38_143685_box_Incident_Summaries_101-172
Agency: Department of War
Page 111
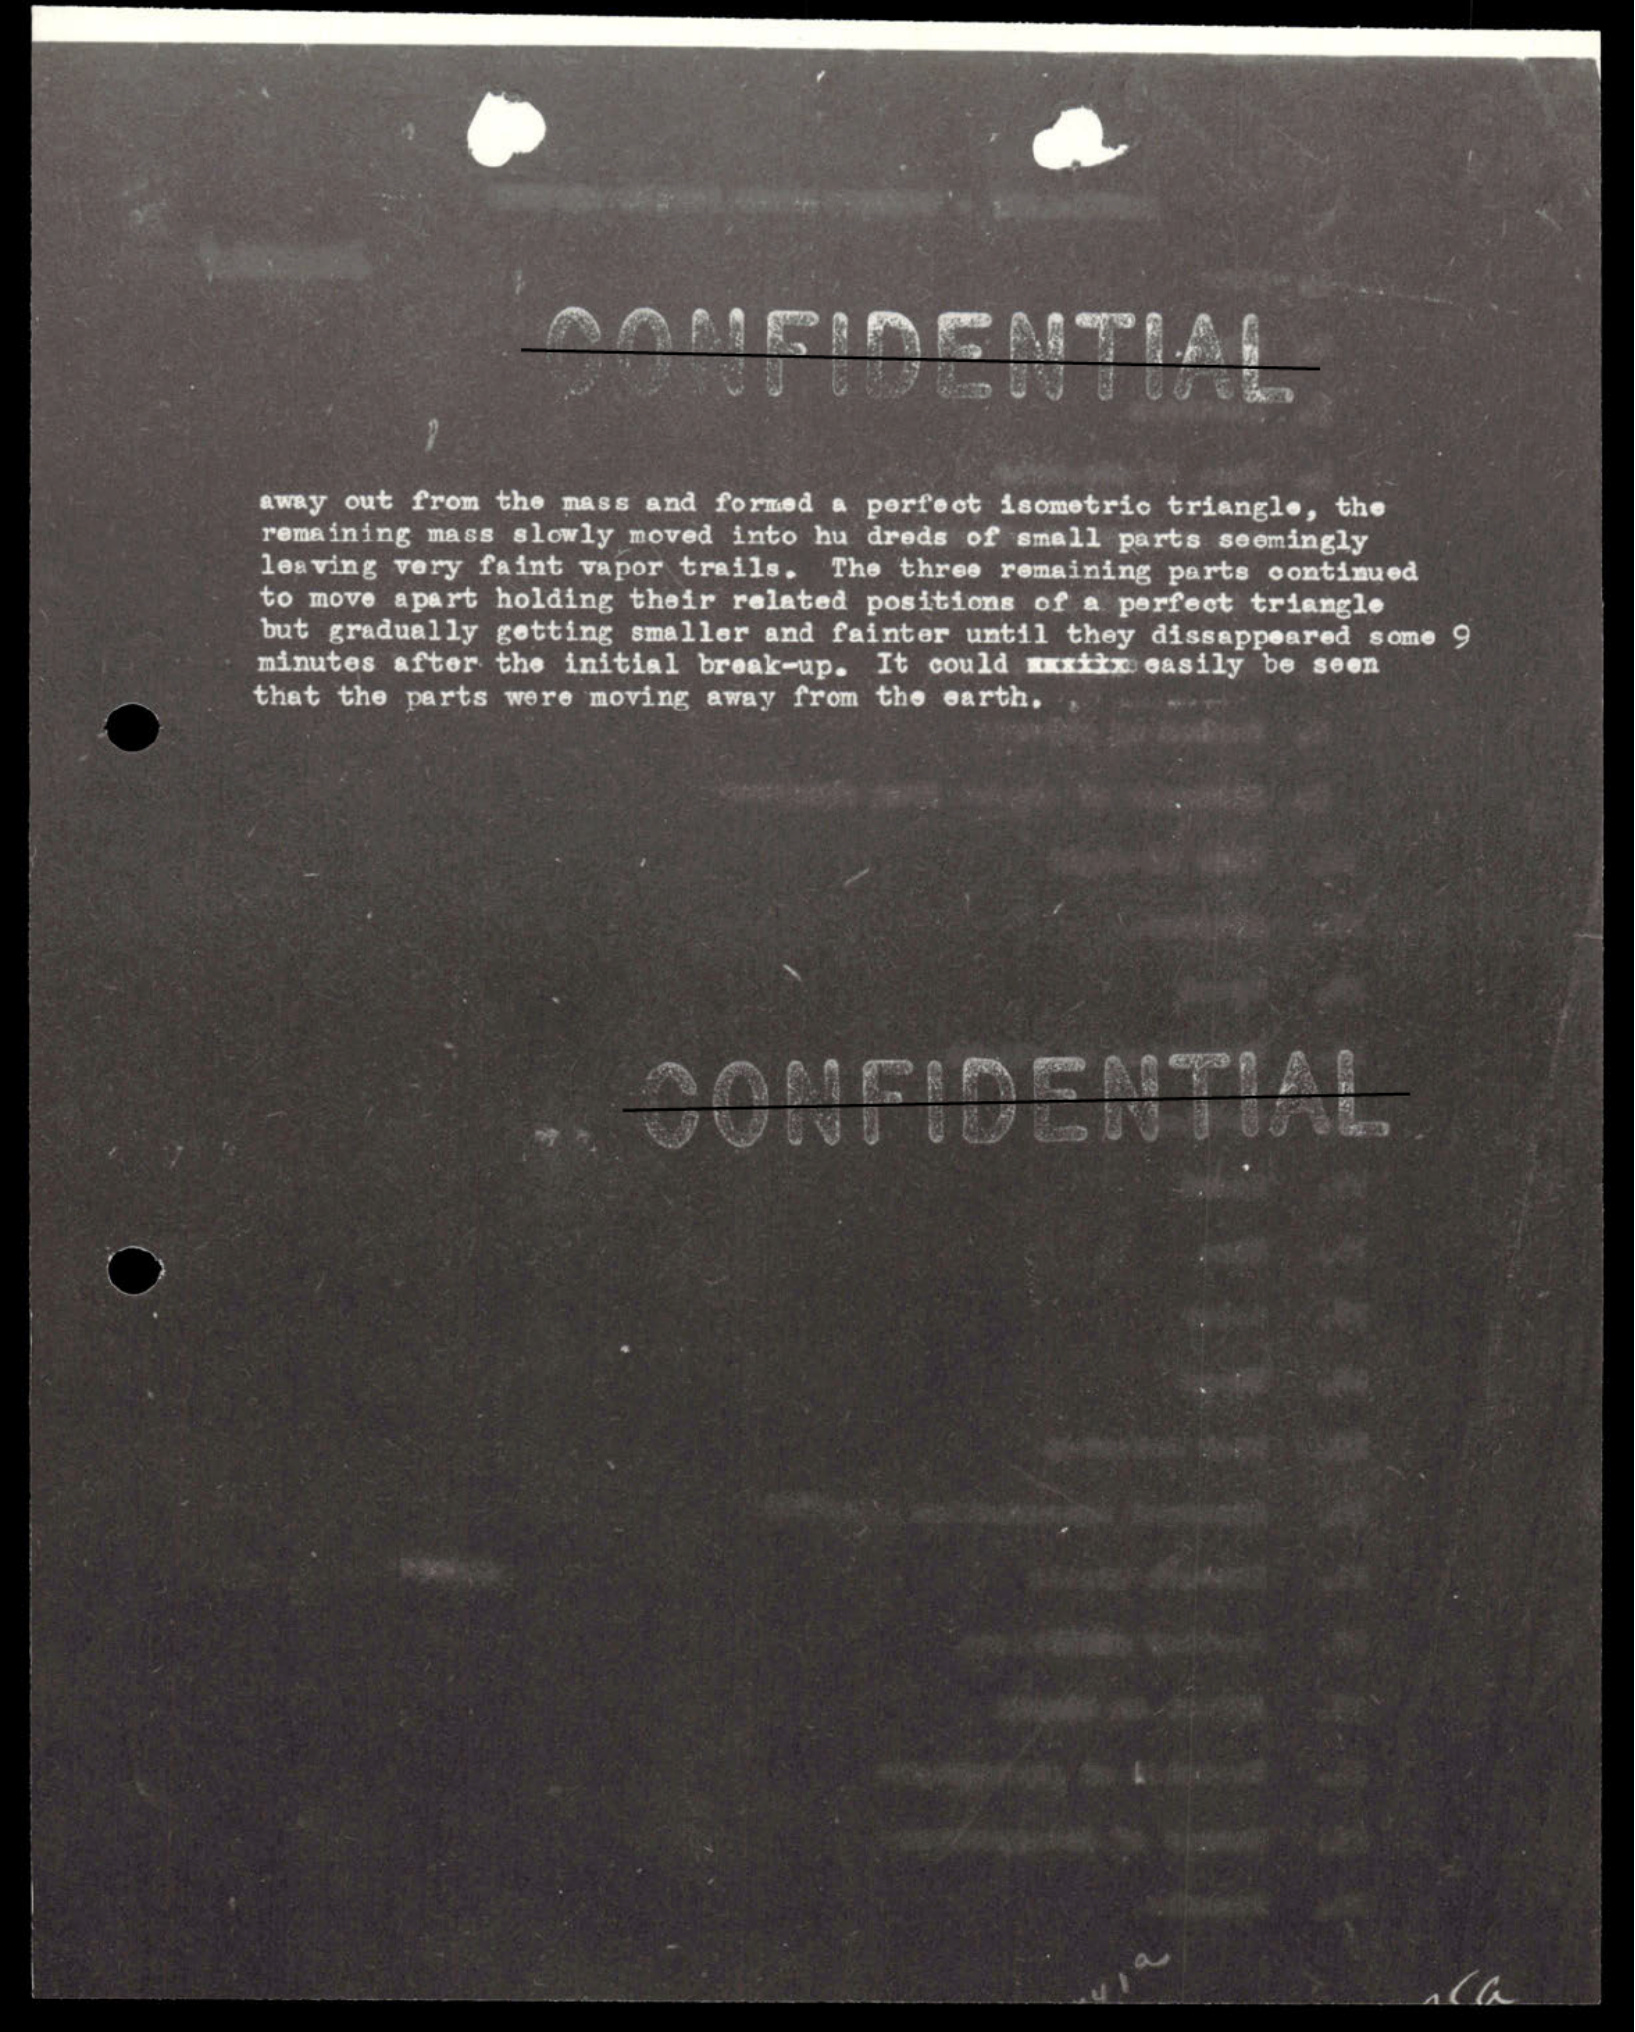